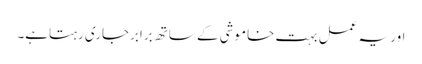
اور یہ عمل بہت خاموشی کے ساتھ برابرجاری رہتاہے۔